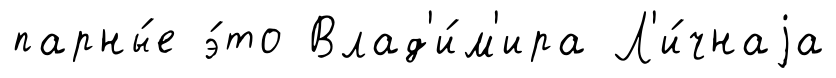
парны́е э́то Влад'и́м'ира Л'и́чнаjа